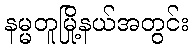
နမ္မတူမြို့နယ်အတွင်း